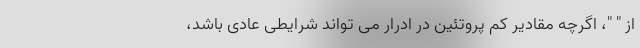
از " "، اگرچه مقادیر کم پروتئین در ادرار می تواند شرایطی عادی باشد،